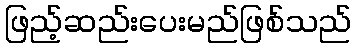
ဖြည့်ဆည်းပေးမည်ဖြစ်သည်